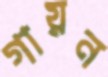
গায়ন